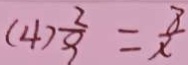
( 4 ) \frac { 2 } { 9 } = \frac { 8 } { x }